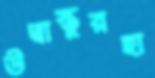
উদ্বাস্তুরহা